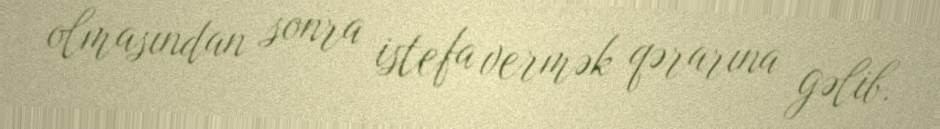
olmasından sonra istefa vermək qərarına gəlib.